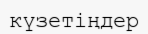
күзетіңдер